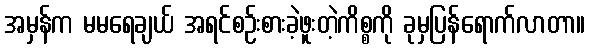
အမှန်က မမရေချယ် အရင်စဉ်းစားခဲ့ဖူးတဲ့ကိစ္စကို ခုမှပြန်ရောက်လာတာ။